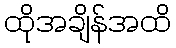
ထိုအချိန်အထိ